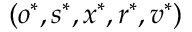
( o ^ { * } , s ^ { * } , x ^ { * } , r ^ { * } , v ^ { * } )